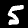
Digit: 5